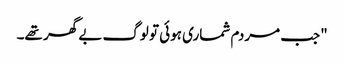
"جب مردم شماری ہوئی تو لوگ بے گھر تھے۔